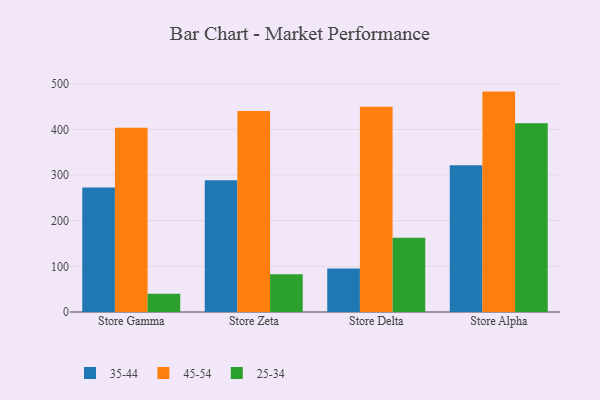
{"axis": {"x": "Store", "y": "Page Views"}, "legend": ["25-34", "35-44", "45-54"], "data": [{"x": "Store Gamma", "y": 272.9, "type": "35-44"}, {"x": "Store Gamma", "y": 403.6, "type": "45-54"}, {"x": "Store Gamma", "y": 39.8, "type": "25-34"}, {"x": "Store Zeta", "y": 288.7, "type": "35-44"}, {"x": "Store Zeta", "y": 440.2, "type": "45-54"}, {"x": "Store Zeta", "y": 82.8, "type": "25-34"}, {"x": "Store Delta", "y": 95.2, "type": "35-44"}, {"x": "Store Delta", "y": 449.7, "type": "45-54"}, {"x": "Store Delta", "y": 162.8, "type": "25-34"}, {"x": "Store Alpha", "y": 321.6, "type": "35-44"}, {"x": "Store Alpha", "y": 482.7, "type": "45-54"}, {"x": "Store Alpha", "y": 413.6, "type": "25-34"}]}